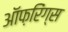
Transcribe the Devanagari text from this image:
ऑफ़रिंग्स